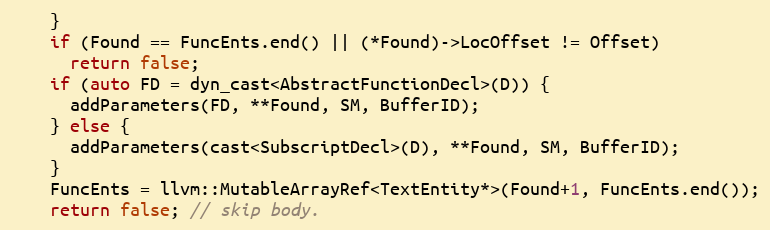
Language: C++
    }
    if (Found == FuncEnts.end() || (*Found)->LocOffset != Offset)
      return false;
    if (auto FD = dyn_cast<AbstractFunctionDecl>(D)) {
      addParameters(FD, **Found, SM, BufferID);
    } else {
      addParameters(cast<SubscriptDecl>(D), **Found, SM, BufferID);
    }
    FuncEnts = llvm::MutableArrayRef<TextEntity*>(Found+1, FuncEnts.end());
    return false; // skip body.